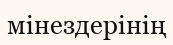
мінездерінің